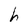
Character: h